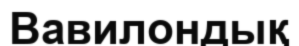
Вавилондық